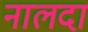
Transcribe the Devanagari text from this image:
नालदा